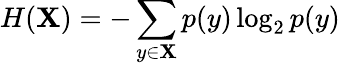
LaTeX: H(\mathbf{X})=-\sum_{y\in{\mathcal{{\mathbf{X}}}}}p(y)\log_{2}p(y)